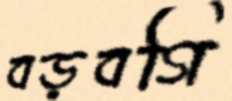
বড়বগি